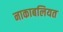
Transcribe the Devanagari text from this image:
नाकाबलियत